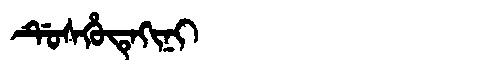
Manchu: ᡩᡠᠰᡥᡠᡨᡝᡴᡳᠨᡳ
Romanization: DUSHUTEKINI